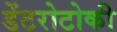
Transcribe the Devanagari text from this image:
डेंटरोटोकी